Lunatic asylums in Bengal annual reports 1912-1924 - 1912-1924
Year: 1912
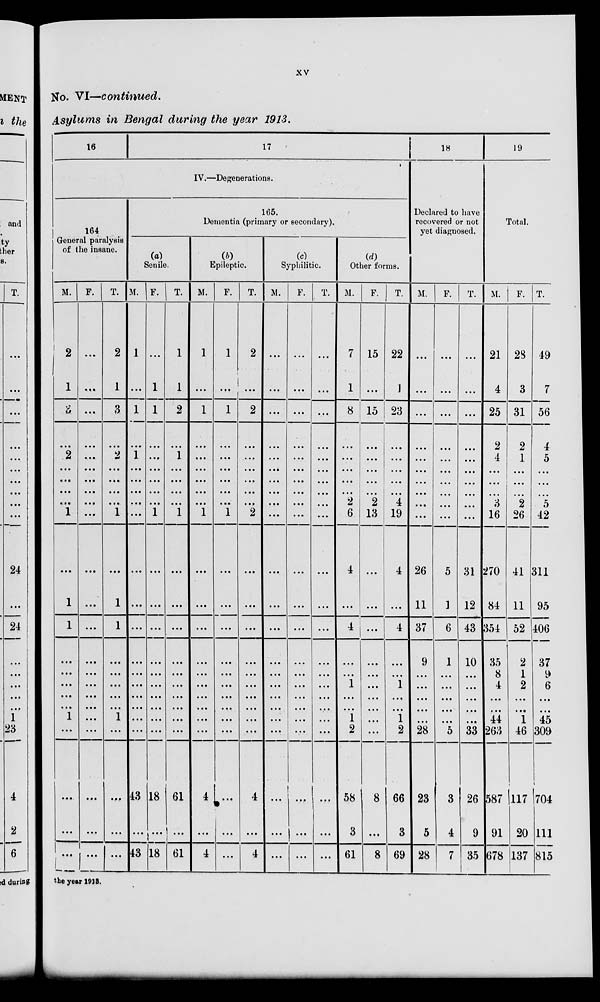
xv
No. VI—continued.
Asylums in Bengal during the year 1913.
16
17
IV.—Degenerations.
164
General paralysis
of the insane.
M.
2
1
3
...
2
...
...
...
...
1
...
1
1
...
...
...
...
...
1
...
...
...
...
F.
...
...
...
...
...
...
...
...
...
...
...
...
...
...
...
...
...
...
...
...
...
...
...
T.
2
1
3
...
2
...
...
...
...
1
...
1
1
...
...
...
...
...
1
...
...
...
...
165.
Dementin (primary or secondary).
(a)
Senile.
M.
1
...
1
...
1
...
...
...
...
...
...
...
...
...
...
...
...
...
...
...
43
...
43
F.
...
1
1
...
...
...
...
...
...
1
...
...
...
...
...
...
...
...
...
...
18
...
18
T.
1
1
2
...
1
...
...
...
...
1
...
...
...
...
...
...
...
...
...
...
61
...
61
(b)
Epileptic.
M.
1
...
1
...
1
...
...
...
...
1
...
...
...
...
...
...
...
...
...
...
4
...
4
F.
1
...
1
...
...
...
...
...
...
1
...
...
...
...
...
...
...
...
...
...
...
...
...
T.
2
...
2
...
...
...
...
...
...
2
...
...
...
...
...
...
...
...
...
...
4
...
4
(c)
Syphilitic.
M.
...
...
...
...
...
...
...
...
...
...
...
...
...
...
...
...
...
...
...
...
...
...
...
F.
...
...
...
...
...
...
...
...
...
...
...
...
...
...
...
...
...
...
...
...
1
...
...
T.
...
...
...
...
...
...
...
...
...
...
...
...
...
...
...
...
...
...
...
...
...
...
...
(d)
Other forms.
M.
7
1
8
...
...
...
...
...
2
6
4
...
4
...
...
1
...
...
1
2
58
3
61
F.
15
...
15
...
...
...
...
...
2
13
...
...
...
...
...
...
...
...
...
...
58
...
8
T.
22
1
23
...
...
...
...
...
4
19
4
...
4
...
...
1
...
...
1
2
66
3
69
18
Declared to have
recovered or not
yet diagnosed.
M.
...
...
...
...
...
...
...
...
...
...
26
11
37
9
...
...
...
...
...
28
23
5
28
F.
...
...
...
...
...
...
...
...
...
...
5
1
6
1
...
...
...
...
...
5
3
4
7
T.
...
...
...
...
...
...
...
...
...
...
31
12
43
10
...
...
...
...
...
33
26
9
35
19
Total.
M.
21
4
25
2
4
...
...
...
3
16
270
84
354
35
8
4
...
...
44
263
587
91
678
F.
28
3
31
2
1
...
...
...
2
26
41
11
52
2
1
2
...
...
1
46
117
20
137
T.
49
7
56
4
5
...
...
...
5
42
311
95
406
37
9
6
...
...
45
309
704
111
815
the year 1913.